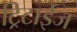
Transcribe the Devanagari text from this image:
ट्रिटाईज